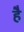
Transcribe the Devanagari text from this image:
हेेै